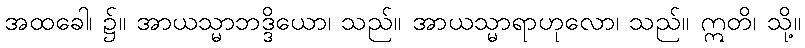
အထခေါ၊ ၌။ အာယသ္မာဘဒ္ဒိယော၊ သည်။ အာယသ္မာရာဟုလော၊ သည်။ ဣတိ၊ သို့။